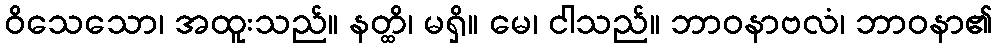
ဝိသေသော၊ အထူးသည်။ နတ္ထိ၊ မရှိ။ မေ၊ ငါသည်။ ဘာဝနာဗလံ၊ ဘာဝနာ၏